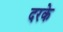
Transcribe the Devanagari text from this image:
दरके